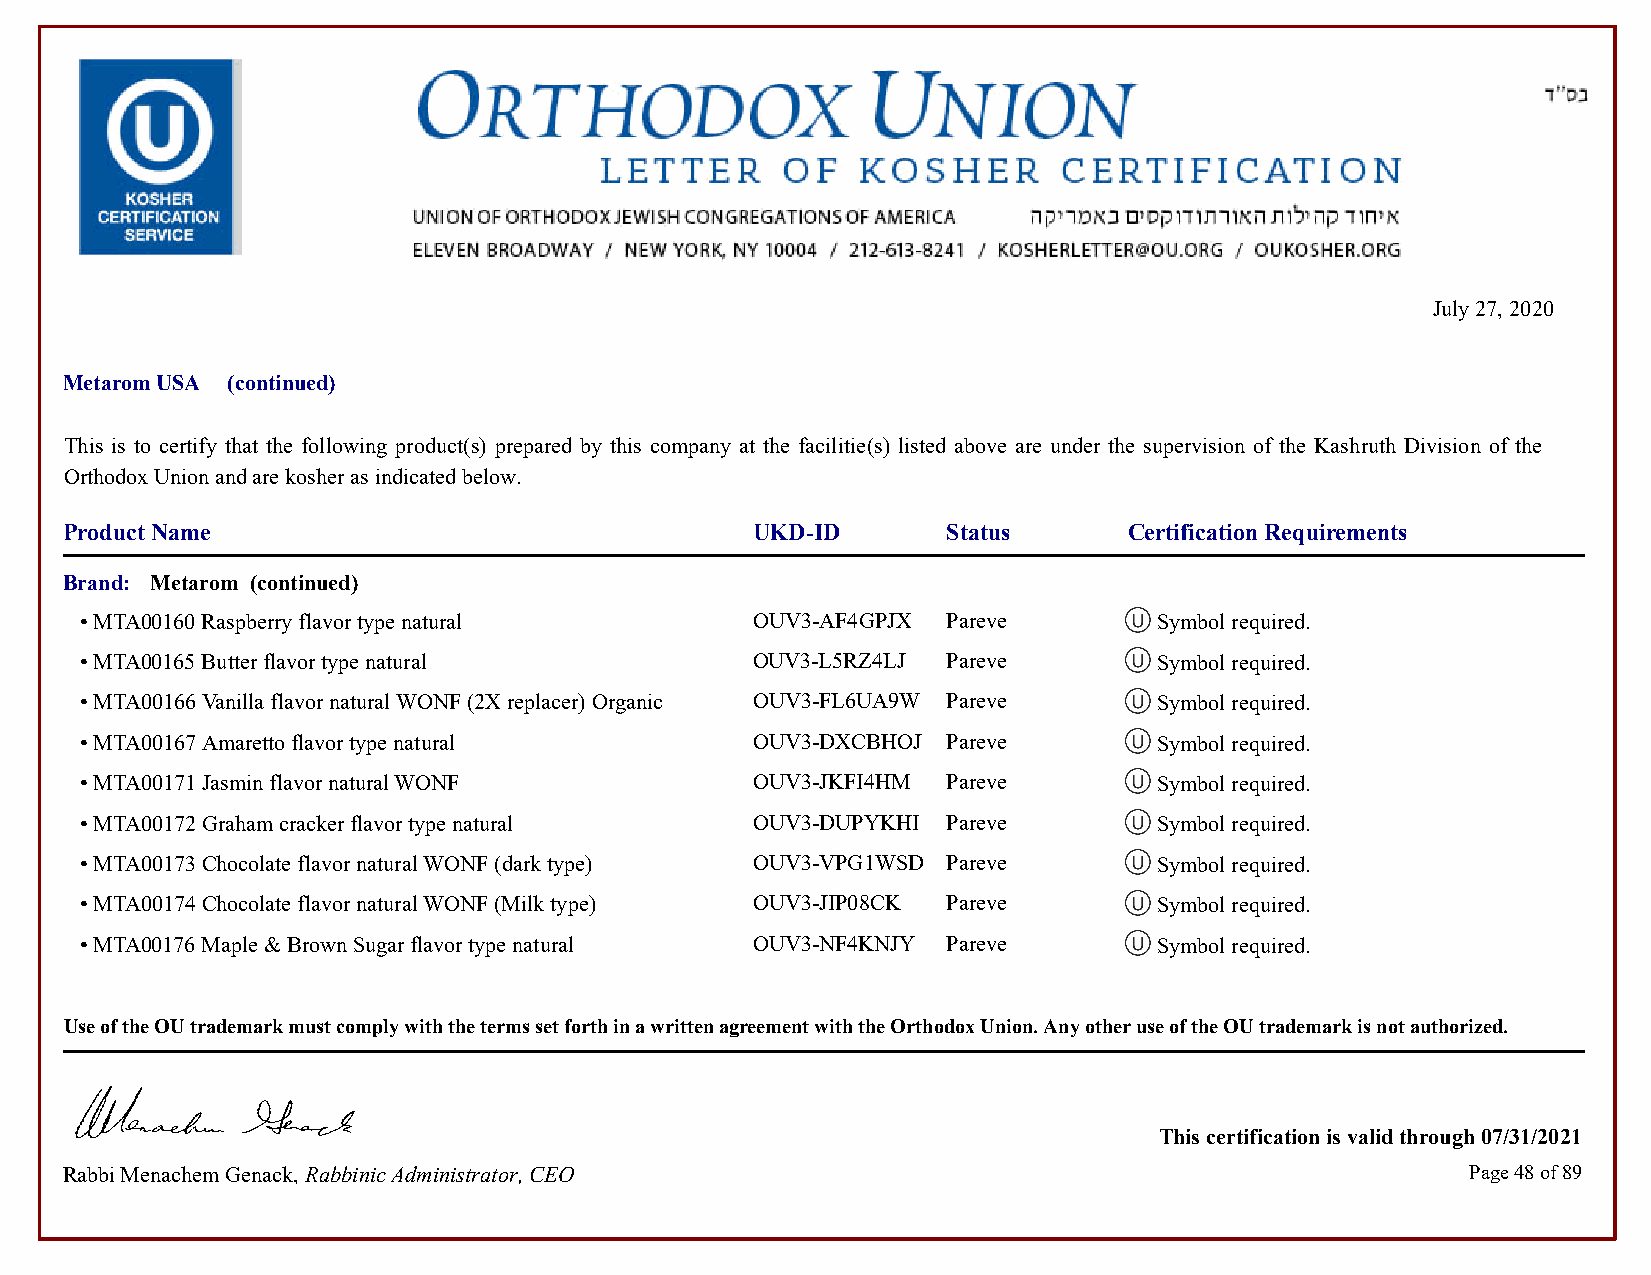
July 27, 2020
 Metarom USA (continued)
 This is to certify that the following product(s) prepared by this company at the facilitie(s) listed above are under the supervision of the Kashruth Division of the
 Orthodox Union and are kosher as indicated below.
 Product Name                                  UKD-ID       Status      Certification Requirements
 Brand: Metarom (continued)
 • MTA00160 Raspberry flavor type natural     OUV3-AF4GPJX Pareve        Symbol required.            Symbol required.
 • MTA00165 Butter flavor type natural        OUV3-L5RZ4LJ Pareve        Symbol required.            Symbol required.
 • MTA00166 Vanilla flavor natural WONF (2X replacer) Organic OUV3-FL6UA9W Pareve Symbol required.   Symbol required.
 • MTA00167 Amaretto flavor type natural      OUV3-DXCBHOJ Pareve        Symbol required.            Symbol required.
 • MTA00171 Jasmin flavor natural WONF        OUV3-JKFI4HM Pareve        Symbol required.            Symbol required.
 • MTA00172 Graham cracker flavor type natural OUV3-DUPYKHI Pareve       Symbol required.            Symbol required.
 • MTA00173 Chocolate flavor natural WONF (dark type) OUV3-VPG1WSD Pareve Symbol required.           Symbol required.
 • MTA00174 Chocolate flavor natural WONF (Milk type) OUV3-JIP08CK Pareve Symbol required.           Symbol required.
 • MTA00176 Maple & Brown Sugar flavor type natural OUV3-NF4KNJY Pareve  Symbol required.            Symbol required.
 Use of the OU trademark must comply with the terms set forth in a written agreement with the Orthodox Union. Any other use of the OU trademark is not authorized.
 This certification is valid through 07/31/2021
 Rabbi Menachem Genack, Rabbinic Administrator, CEO                                           Page 48 of 89